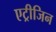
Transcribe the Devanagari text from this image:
एट्रीजिन